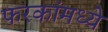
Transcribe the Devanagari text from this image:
फरकांमध्ये